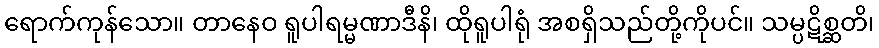
ရောက်ကုန်သော။ တာနေဝ ရူပါရမ္မဏာဒီနိ၊ ထိုရူပါရုံ အစရှိသည်တို့ကိုပင်။ သမ္ပဋိစ္ဆတိ၊